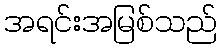
အရင်းအမြစ်သည်